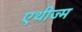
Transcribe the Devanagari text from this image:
एथीज्म